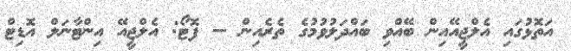
އަތޮޅުގައި އެލްޖީއޭއިން ބޭއްވި ބައްދަލުވުމުގެ ތެރެއިން -- ފޮޓޯ: އެލްޖީއޭ އިންޓާނަލް އޮޑިޓް